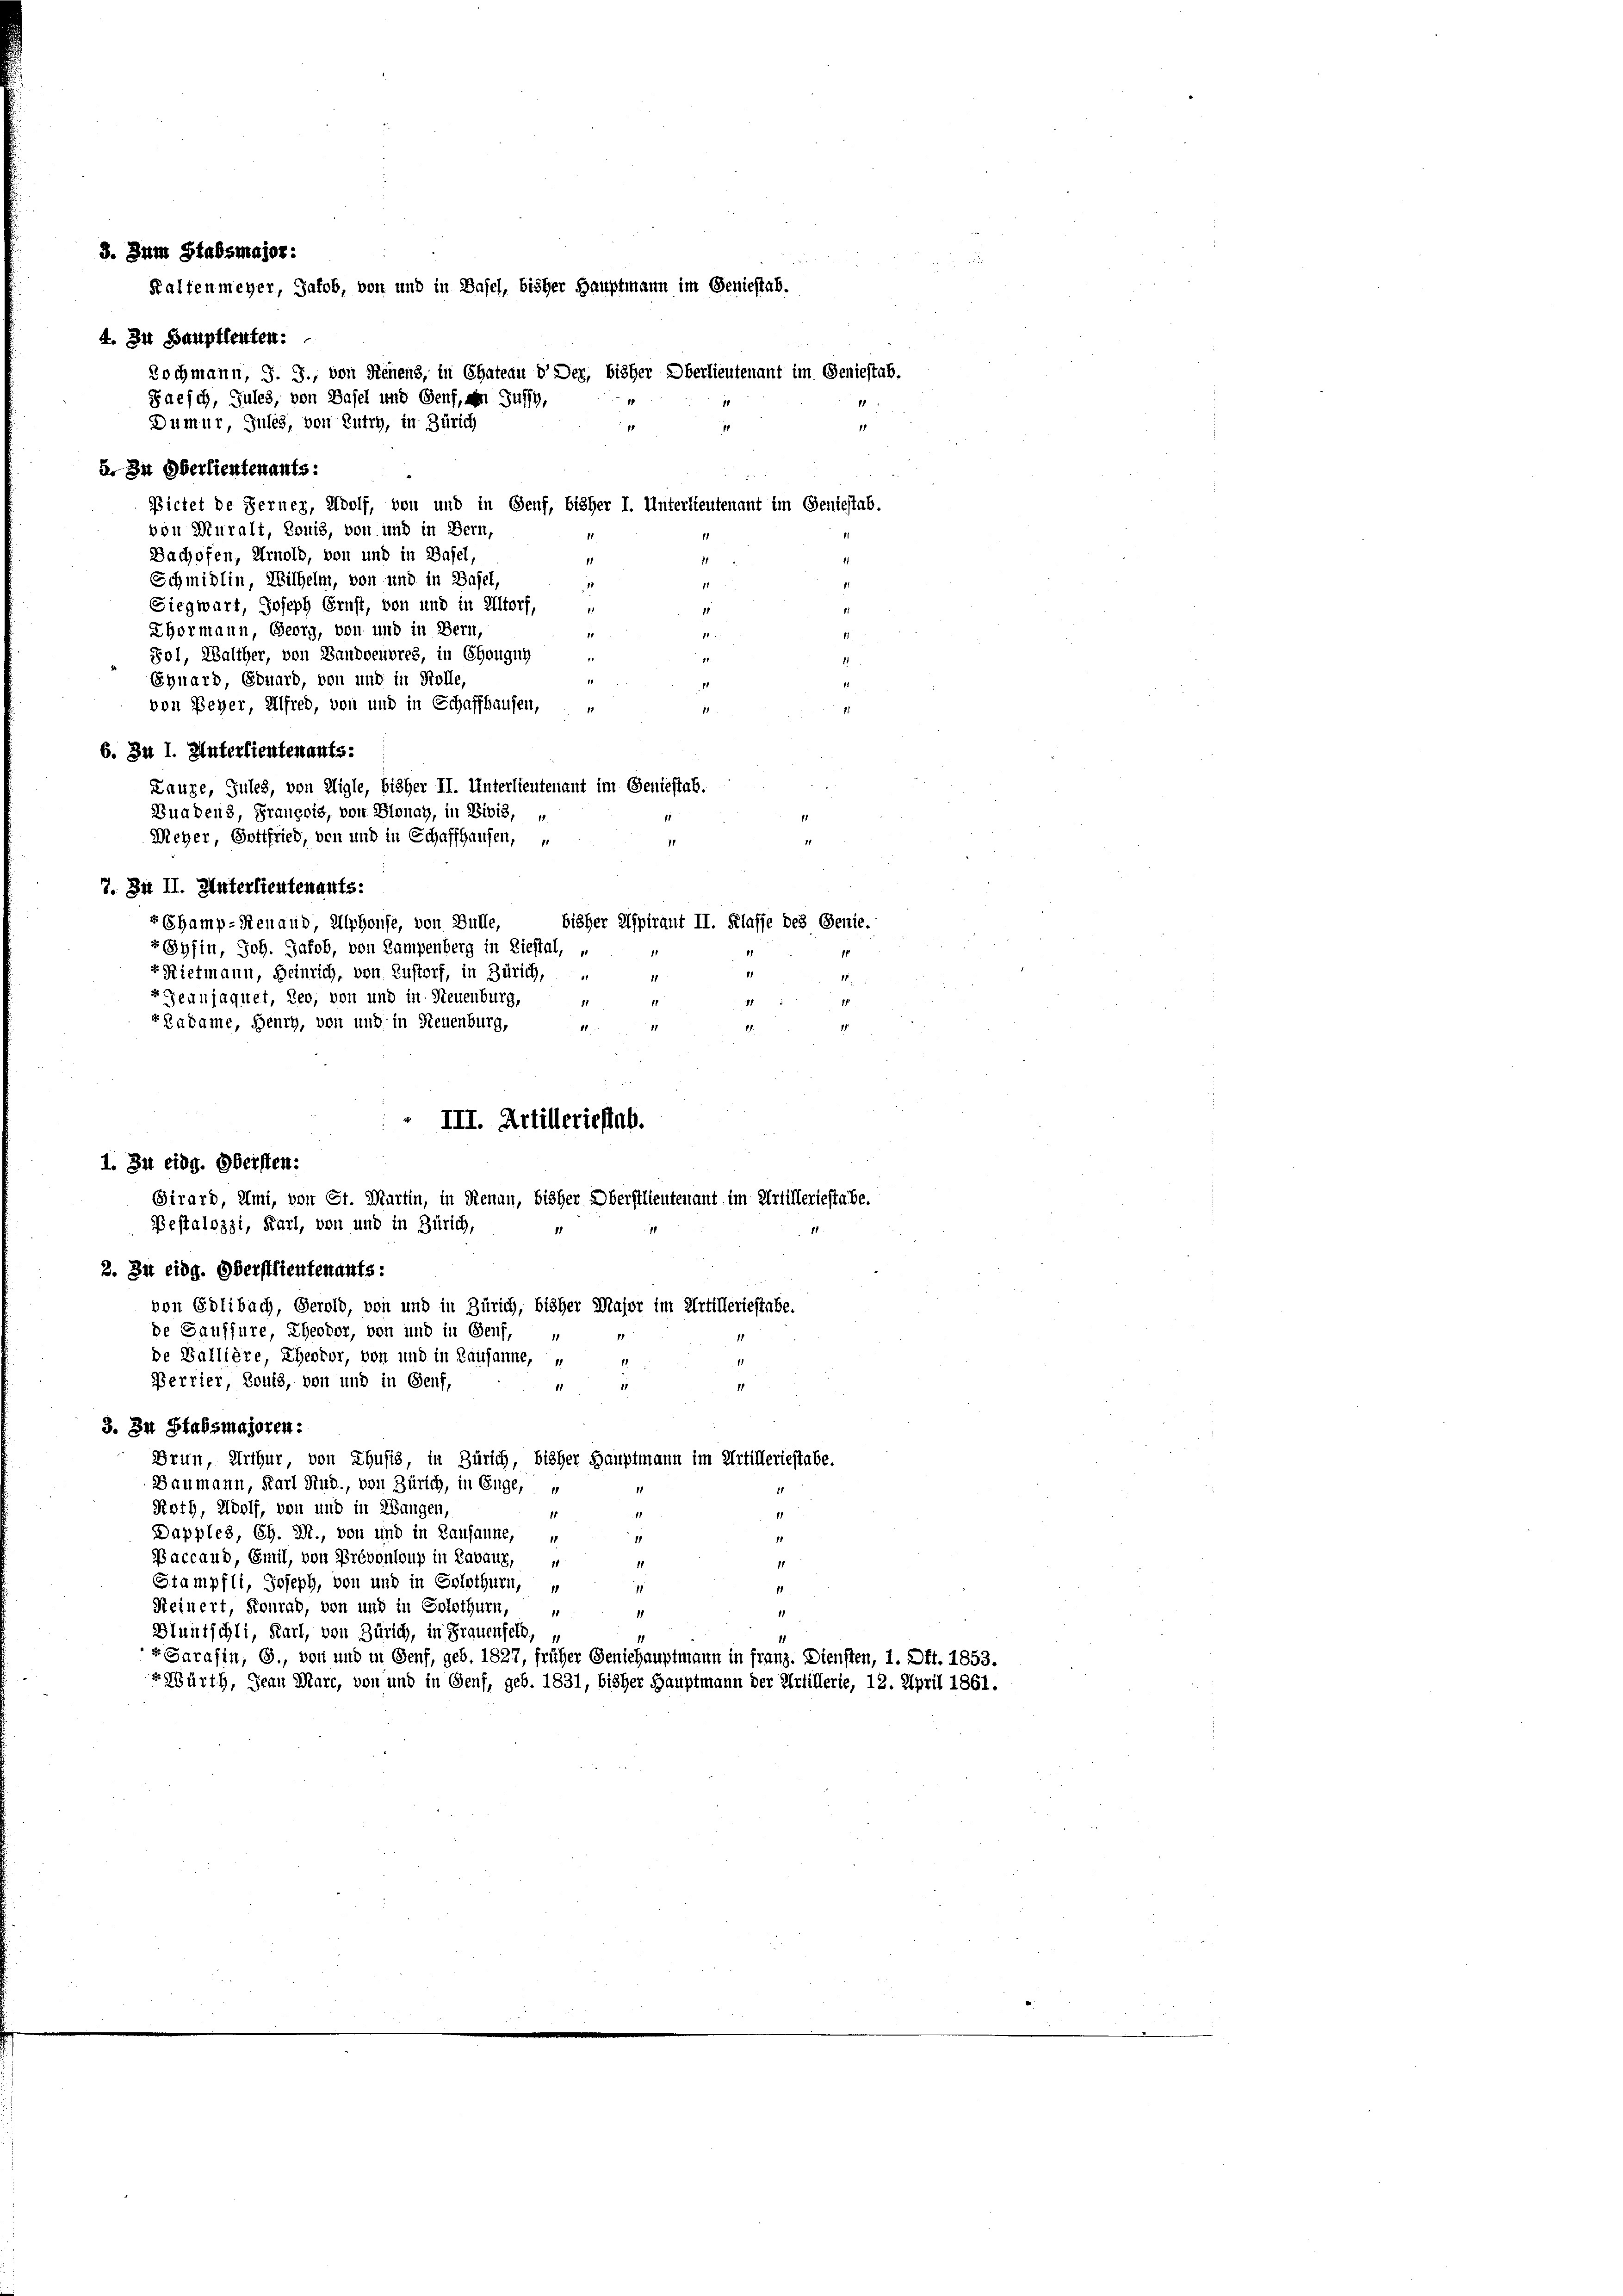
4. In Hauptleuten:
a. In Oberlieutenants.
von Muralt, Louis, von und in Bern,
Bachofen, Arnold, von und in Basel,
Schmidlin, Wilhelm, von und in Basel,
Siegwart, Joseph Ernst, von und in Altorf,
Thormann, Georg, von und in Bern,
Fol, Walther, von Bandweuvres, in Chougny
Eguard, Eduard, von und in Kolle,
von Feyer, Alfred, von und in Schaffhausen,
1
6. Zu I. Unterlieutenaufs.
Lauze, Jules, von Aigle, bisher II. Unterlieutenant im Geniestab.
Bnadens, François, von Blonay, in Divis,
Weher, Gottfried, den und in Schaffhausen, u
7. In II. Unterlieutenants:
bisher Aspirant II. Klasse des Genie.
vHamp-Renaud, Alphouse, von Bülle,
rSyfin, Joh. Jakob, von Lampenberg in Liestal, „
vRietmann, Heinrich, von Zustorf, in Zürich,
11
r Jeanjaquet, Leo, von und in Steuenburg,
1
1
rRadame, Henry, von und in Neuenburg,
18
 III. Artillerieftab.
1. Zu eidg. Obersten:
Girard, Umi, von Sr. Martin, in Renau, bisher Oberstlieutenant im Artilleriestabe.
Bestalozzi, Karl, von und in Zürich,
2. Zu eidg. Oberstlieutenants:
von Edlibach, Gerold, von und in Zürich, bisher Major im Artilleriestabe.
de Saussure, Theodor, von und in Genf,
de Wallière, Ehervor, von und in Lausanne, „
Perrier, Louis, von und in Genf,
11
3. In Stabsmajoren.
Brun, Arthur, von Thusis, in Zürich, bisher Hauptmann im Artilleriestabe.
Daumann, Karl Rud., von Zürich, in Enge,
1
Roth, Wolf, von und in Wangen,
1
Dapples, CG. M., von und in Lausanne, u
11
Baccaud, Emil, von Prévonloup in Zabauz, u
11
1
Stampfli, Joseph, von und in Solothurn, u
Reinert, Konrad, von und in Solothurn,
1
1
Bluntschli, Karl, von Zürich, in Frauenfeld, u
r Sarafin, G., von und in Genf, geb. 1827, früher Geniehauptmann in franz. Diensten, 1. Off. 1853.
r Würth, Jean Marc, von und in Genf, geb. 1831, bisher Hauptmann der Artillerie, 12. April 1861.

3. Zum Stabsmajor:

Kaltenmeyer, Jakob, von und in Basel, bisher Hauptmann im Geniestab.

Paesch, Jules, von Basel und Genf, an Guss,
Dumur, Jules, von Zutry, in Zürich
11
15

Bicket de Ferner, Adolf, von und in Genf, bisher I. Unterlieutenant im Geniestab.
11

Rochmann, J. J., von Neuens, in Chateau dDer, bisher Oberlieutenauf im Geniestab.